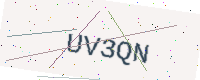
Text: UV3QN